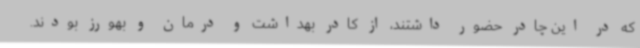
که در این چادر حضور داشتند، از کادر بهداشت و درمان و بهورز بودند.